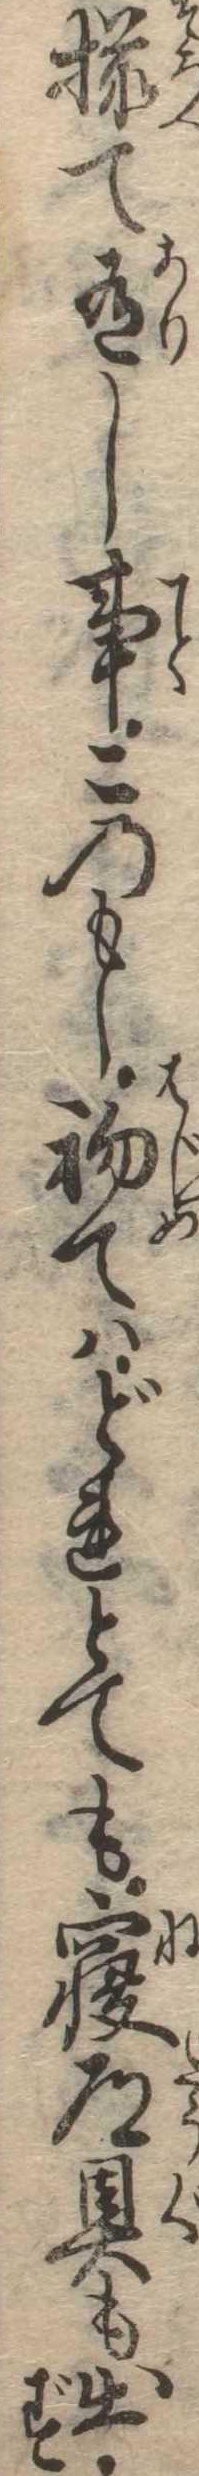
揃て有し事このもし初てはどれとても寝道具も出ず